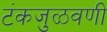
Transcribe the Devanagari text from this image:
टंकजुळवणी